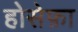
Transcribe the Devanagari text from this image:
होसेफ़ा